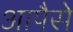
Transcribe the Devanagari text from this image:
आपैसे